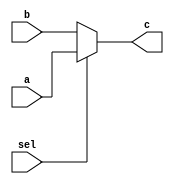
`timescale 1ns / 1ps
//////////////////////////////////////////////////////////////////////////////////
// Company: 
// Engineer: 
// 
// Design Name: 
// Module Name:    mux32_2_5 
// Project Name: 
// Target Devices: 
// Tool versions: 
// Description: 
//
// Dependencies: 
//
// Revision: 
// Revision 0.01 - File Created
// Additional Comments: 
//
//////////////////////////////////////////////////////////////////////////////////
module mux32_2_5(
	 input [31:0] a,
    input [31:0] b,
    input sel,
    output [31:0] c
    );
	 assign c = (sel)?a:b;
   


endmodule